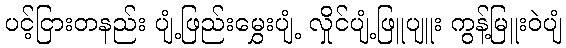
ပင့်ငြားတနည်း ပျံ့ဖြည်းမွှေးပျံ့ လှိုင်ပျံ့ဖြူပျူး ကွန့်မြူးဝဲပျံ